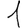
Digit: 1